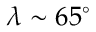
\lambda \sim 6 5 ^ { \circ }